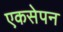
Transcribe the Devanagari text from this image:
एकसेपन